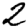
Digit: 2